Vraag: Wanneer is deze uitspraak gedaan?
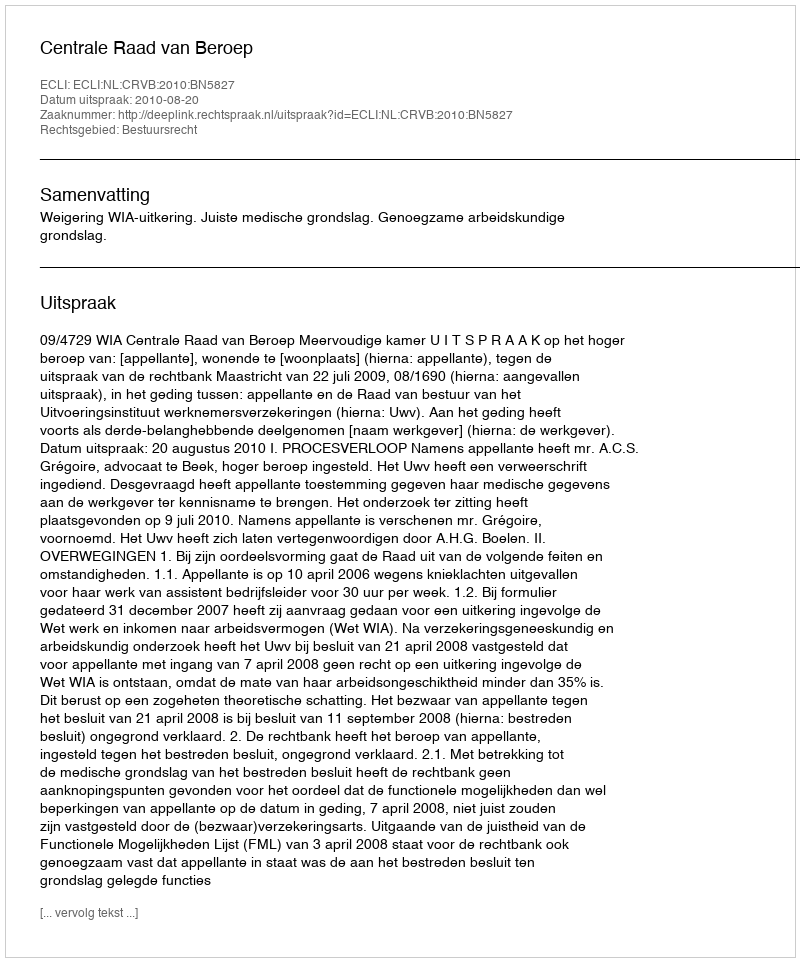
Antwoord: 2010-08-20